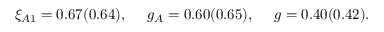
\xi _ { A 1 } = 0 . 6 7 ( 0 . 6 4 ) , ~ ~ ~ ~ g _ { A } = 0 . 6 0 ( 0 . 6 5 ) , ~ ~ ~ ~ g = 0 . 4 0 ( 0 . 4 2 ) .